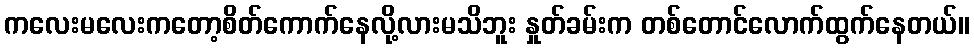
ကလေးမလေးကတော့စိတ်ကောက်နေလို့လားမသိဘူး နှုတ်ခမ်းက တစ်တောင်လောက်ထွက်နေတယ်။